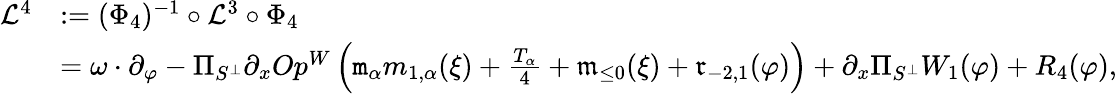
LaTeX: \begin{array}{rl}{\mathcal{L}^{4}}&{:=(\Phi_{4})^{-1}\circ\mathcal{L}^{3}\circ\Phi_{4}}\\ &{=\omega\cdot\partial_{\varphi}-\Pi_{S^{\perp}}\partial_{x}Op^{W}\left(\mathtt{m}_{\alpha}m_{1,\alpha}(\xi)+\frac{T_{\alpha}}4+\mathfrak{m}_{\le 0}(\xi)+\mathfrak{r}_{-2,1}(\varphi)\right)+\partial_{x}\Pi_{S^{\perp}}W_{1}(\varphi)+R_{4}(\varphi),}\end{array}